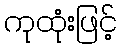
ကုထုံးဖြင့်